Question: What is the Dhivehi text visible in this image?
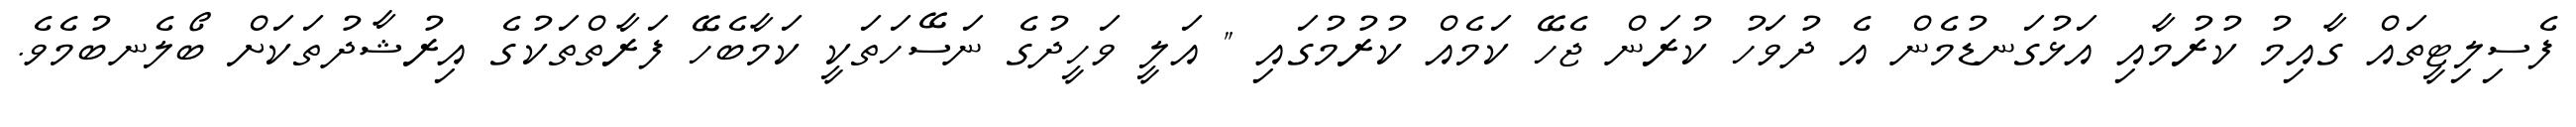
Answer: ފެސިލިޓީތައް ގާއިމު ކުރުމާއި އަޅުގަނޑުމެން އެ ދުވަހު ކުރަން ޖެހޭ ކަމެއް ކުރުމުގައި " އަލީ ވަހީދުގެ ނަސޭހަތަކީ ކަމާބެހޭ ފަރާތްތަކުގެ އިރުޝާދުތަކަށް ބޯލެނބުމެވެ.